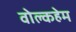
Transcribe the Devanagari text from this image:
वोल्कहेम